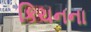
કિચનના